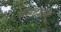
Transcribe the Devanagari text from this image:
ब्रमहाल